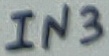
Text: IN3